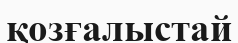
қозғалыстай